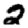
Digit: 2